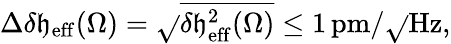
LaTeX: \Delta\delta\mathfrak{h}_{\mathrm{{eff}}}(\Omega)=\sqrt{}{{\overline{{{\delta\mathfrak{h}_{\mathrm{{eff}}}^{2}(\Omega)}}}}}\leq1\, \mathrm{{pm}}/\sqrt{}{{\mathrm{{Hz}}}},